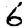
Digit: 6